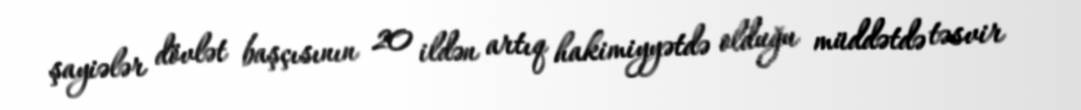
şayiələr dövlət başçısının 20 ildən artıq hakimiyyətdə olduğu müddətdə təsvir